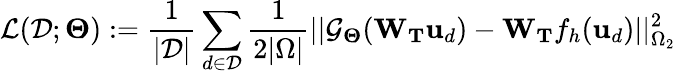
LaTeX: \mathcal{L}(\mathcal{D};\boldsymbol{\Theta}):=\frac{1}{|\mathcal{D}|}\sum_{d\in\mathcal{D}}\frac{1}{2|\Omega|}||\mathcal{G}_{\boldsymbol{\Theta}}(\mathbf{W}_{\mathbf{T}}\mathbf{u}_{d})-\mathbf{W}_{\mathbf{T}}f_{h}(\mathbf{u}_{d})||_{\Omega_{2}}^{2}